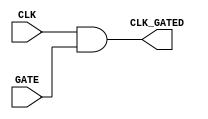
module clock_gating_cell(
    input wire CLK,        // Primary clock signal
    input wire GATE,      // Gating signal
    output wire CLK_GATED  // Gated clock output
);
    // The gated clock output is the primary clock when GATE is asserted
    assign CLK_GATED = CLK & GATE; 
endmodule